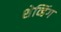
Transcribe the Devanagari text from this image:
शेव्हिंग